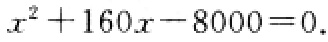
\(x^{2}+160x - 8000 = 0\)